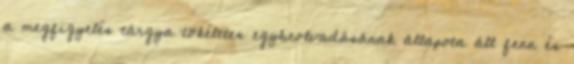
a megfigyelés tárgya tökéletes egybeolvadásának állapota áll fenn és